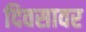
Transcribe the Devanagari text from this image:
दिवसावर